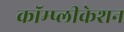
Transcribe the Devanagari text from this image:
कॉम्प्लीकेशन